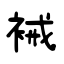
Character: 裓